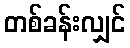
တစ်ခန်းလျှင်